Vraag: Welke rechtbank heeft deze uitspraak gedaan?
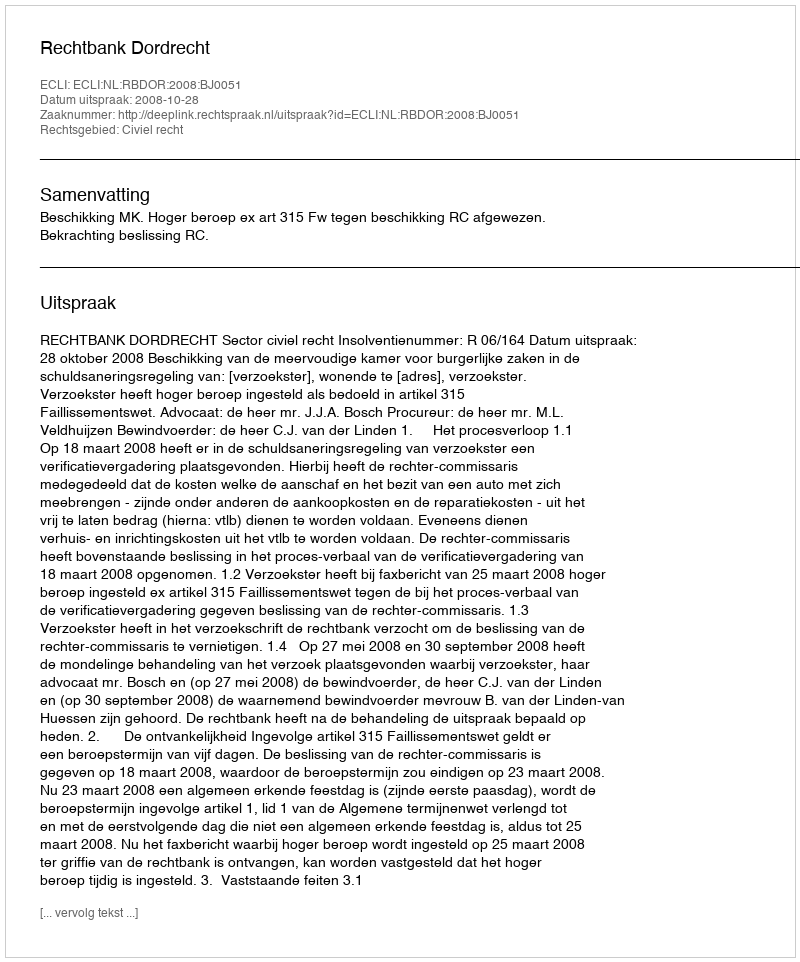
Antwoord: Rechtbank Dordrecht